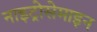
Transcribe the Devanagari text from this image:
नाइट्रोसेमाइन